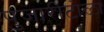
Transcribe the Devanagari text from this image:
पुजारीटोळा